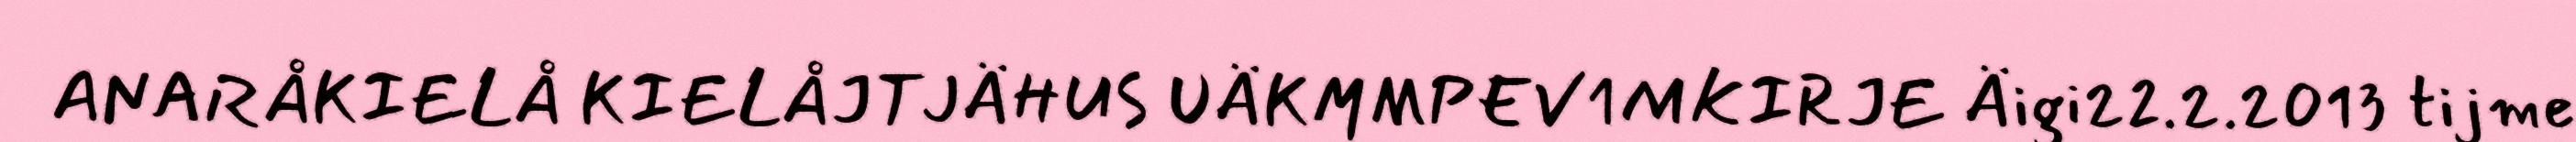
ANARÅKIELÅ KIELÅJTJÄHUS UÄKMMPEV1MKIRJE Äigi22.2.2013 tijme